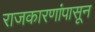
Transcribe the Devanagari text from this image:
राजकारणांपासून